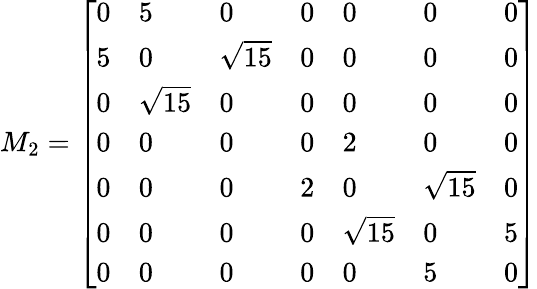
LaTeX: M_{2}=\left[\begin{array}{lllllll}{0}&{5}&{0}&{0}&{0}&{0}&{0}\\ {5}&{0}&{\sqrt{15}}&{0}&{0}&{0}&{0}\\ {0}&{\sqrt{15}}&{0}&{0}&{0}&{0}&{0}\\ {0}&{0}&{0}&{0}&{2}&{0}&{0}\\ {0}&{0}&{0}&{2}&{0}&{\sqrt{15}}&{0}\\ {0}&{0}&{0}&{0}&{\sqrt{15}}&{0}&{5}\\ {0}&{0}&{0}&{0}&{0}&{5}&{0}\end{array}\right]